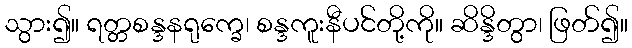
သွား၍။ ရတ္တစန္ဒနရုက္ခေ၊ စန္ဒကူးနီပင်တို့ကို။ ဆိန္ဒိတွာ၊ ဖြတ်၍။